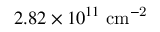
2 . 8 2 \times 1 0 ^ { 1 1 } ~ \mathrm { { c m } ^ { - 2 } }